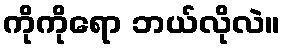
ကိုကိုရော ဘယ်လိုလဲ။